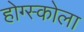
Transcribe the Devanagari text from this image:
होग्स्कोला